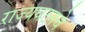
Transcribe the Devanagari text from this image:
राज्यघटनचे